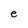
Character: e